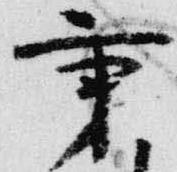
秉